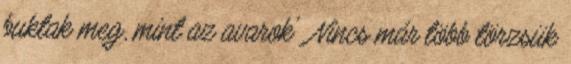
buktak meg, mint az avarok'. Nincs már több törzsük